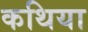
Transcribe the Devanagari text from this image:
कथिया